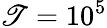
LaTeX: \mathscr{T}=10^{5}